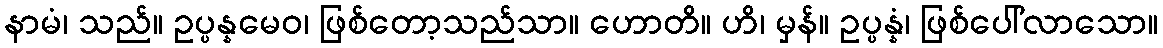
နာမံ၊ သည်။ ဥပ္ပန္နမေဝ၊ ဖြစ်တော့သည်သာ။ ဟောတိ။ ဟိ၊ မှန်။ ဥပ္ပန္နံ၊ ဖြစ်ပေါ်လာသော။